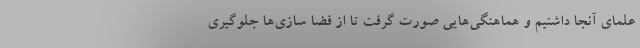
علمای آنجا داشتیم و هماهنگی‌هایی صورت گرفت تا از فضا سازی‌ها جلوگیری